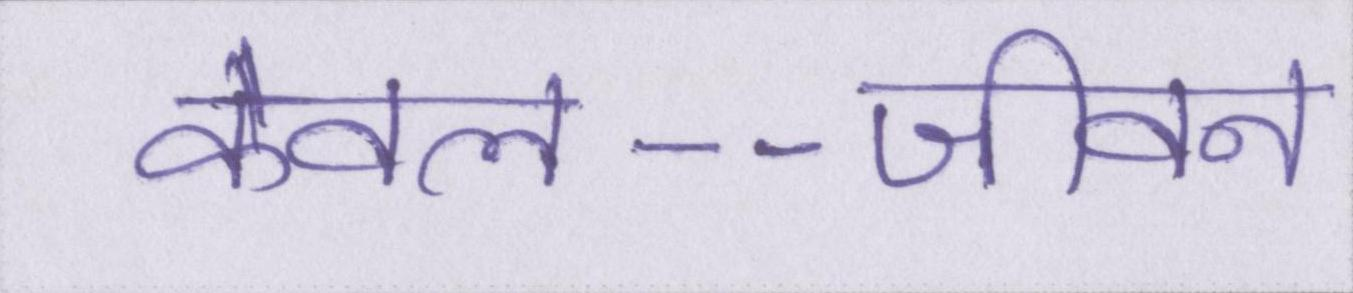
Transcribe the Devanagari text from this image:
केवल--जीवन